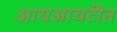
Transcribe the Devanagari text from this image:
आयआयटीत